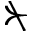
\nsucc